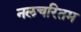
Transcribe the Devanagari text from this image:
नलचरितम